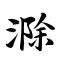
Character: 滁